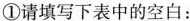
①请填写下表中的空白: